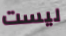
ليست